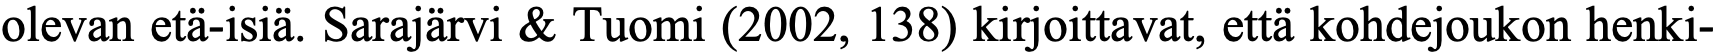
olevan etä-isiä. Sarajärvi & Tuomi (2002, 138) kirjoittavat, että kohdejoukon henki-